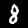
Digit: 8